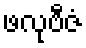
ဖလုဗီဇံ